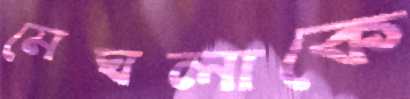
মেঘলাকে